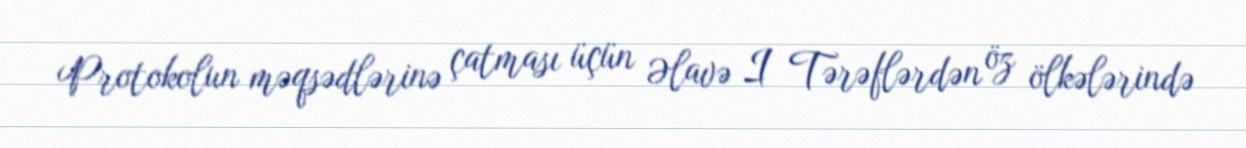
Protokolun məqsədlərinə çatması üçün Əlavə I Tərəflərdən öz ölkələrində